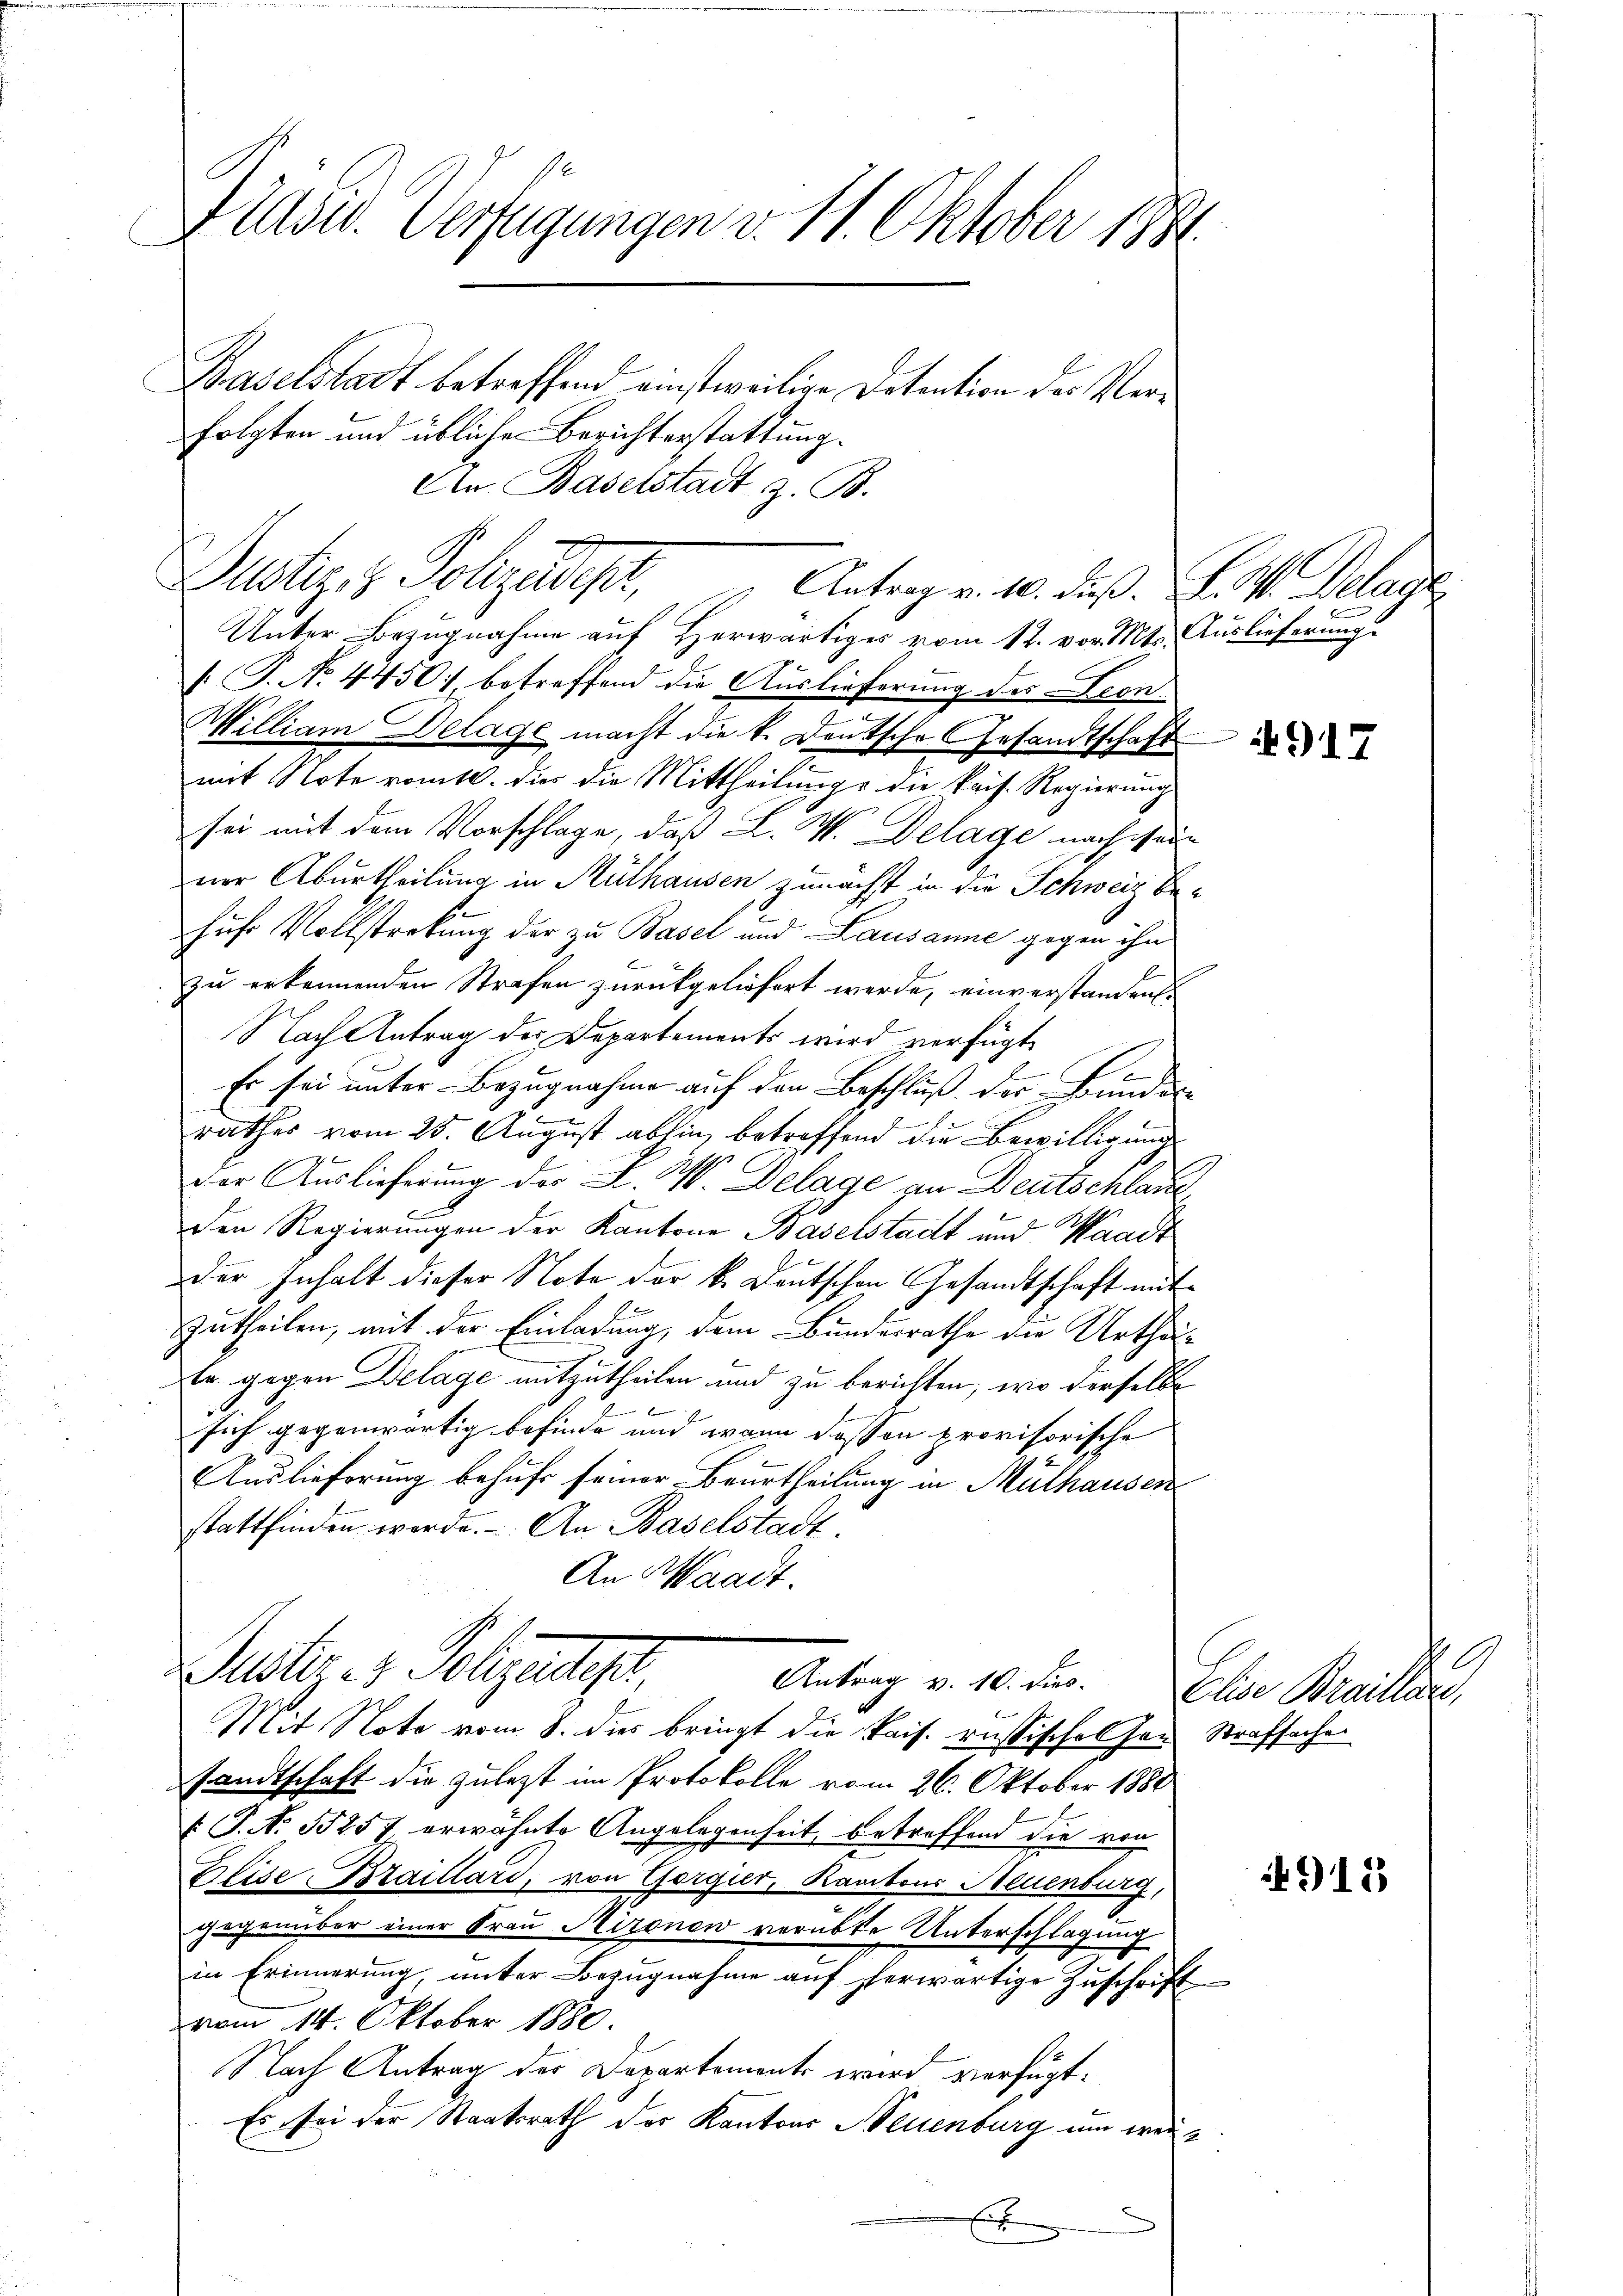
Präsid. Verfügungen v. 11. Oktober 1881
Haselstadt betreffend einstweilige Datention des Verfolgten und üblichen Berichterstattung.

An Baselstadt z. B.
Dustiz- & Polizades,
Unter Bezugnahme auf Herwärtiger vom 12. vor. Mts. Auslieferung
[P. o. 4450. betreffend die Auslieferung des Leon
Milliam Delage macht die k. Deutsche Gesandtschaft
mit Note romtl. dies die Mittheilung, die kais. Regierung
sei mit dem Vorschlage, daß L. W. Delage nach sei
ner Aburtheilung in Mülhausen zunächst in die Schweiz behufs Vollstreckung der zu Basel und Lausanne gegen ihn
zu erkennenden Strafen zurückgeliefert werde, einverstanden
Nach Antrag der Departements wird verfügt
1
Er sei unter Bezugnahme auf den Beschluß der Bundes-
rathes vom 25. August abhin betreffend die Bewilligung
der Auslieferung des L. W. Delage an Deutschlage
den Regierungen der Kantone Baselstadt und Waadt
der Inhalt dieser Note der k. Deutschen Gesandtschaft mit
Zutheilen, mit der Einladung, dem Bundesrathe die Urtheite gegen Delage mitzutheilen und zu berichten, wo derselbe
sich gegenwärtig befinde und wenn dessen provisorische
Auslieferung behufs seiner Beurtheilung in Mülhausen
stattfinden werde. An Baselstadt¬
An Waadt.
Suster v. Polizeidiger,
Antrag v. 10. dies
Mit Note vom 8. dies bringt die kais. russischel Jar Strafsache
sandtschaft die zulezt im Protokolle vom 26. Oktober 1880
 P. Nr. 1257 erwähnte Angelegenheit, betreffend die von
lise. Braillard, von Gorgier, Kantons Neuenburg,
gegenüber einer Frau Hironen verübte Unterschlagung
in Erinnerung, unter Bezugnahme auf herwärtige Zuschrift
vom 14. Oktober 1880.
Nach Antrag des Departements wird verfügt:
Es sei der Staatsrath der Kantons Neuenburg um weix

Antrag v. 10. Fuß. N. V. Delage

4917

l
Elise Braillar,

4913